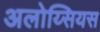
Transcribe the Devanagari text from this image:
अलोय्सियस